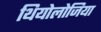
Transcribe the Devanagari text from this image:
थियोलोजिया